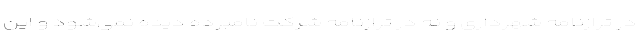
در ترازنامه شهرداری و نه در ترازنامه شرکت نامبرده دیده نمی‌شود و این